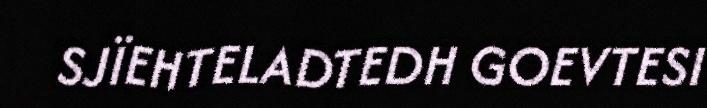
SJÏEHTELADTEDH GOEVTESI